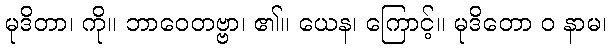
မုဒိတာ၊ ကို။ ဘာဝေတဗ္ဗာ၊ ၏။ ယေန၊ ကြောင့်။ မုဒိတော ဝ နာမ၊